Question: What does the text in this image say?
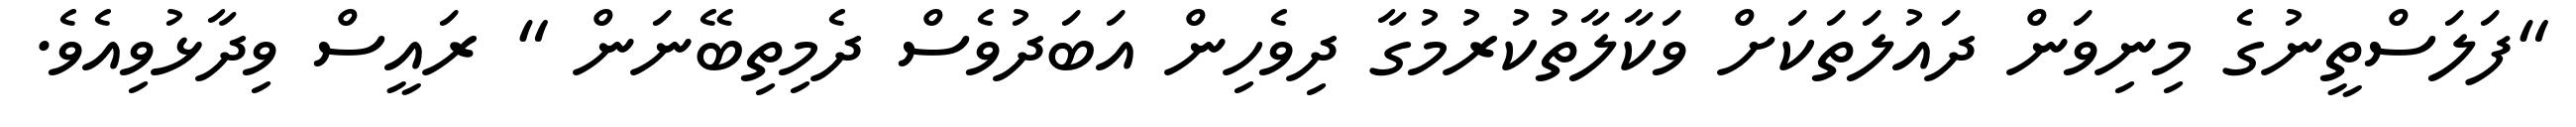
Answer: "ފަލަސްތީނުގެ މިނިވަން ދައުލަތަކަށް ވަކާލާތުކުރުމުގާ ދިވެހިން އަބަދުވެސް ދެމިތިބޭނަން " ރައީސް ވިދާޅުވިއެވެ.